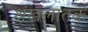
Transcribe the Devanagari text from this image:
श्रृंखलातक